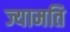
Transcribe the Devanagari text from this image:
ज्यामति